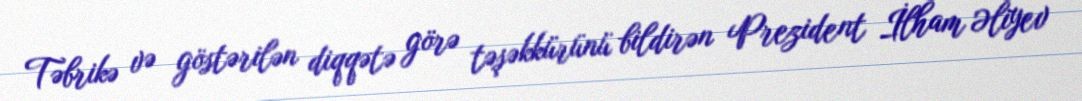
Təbrikə və göstərilən diqqətə görə təşəkkürünü bildirən Prezident İlham Əliyev